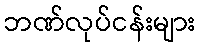
ဘဏ်လုပ်ငန်းများ